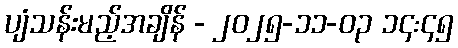
ပျံသန်းမည့်အချိန် - ၂၀၂၅-၁၁-၀၃ ၁၄:၄၅